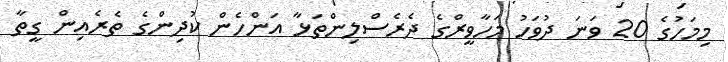
މިމަހުގެ 20 ވަނަ ދުވަހު މަހާވީރްގެ ދެރެސްލިންތަޅާ އަންހެން ކުދިންގެ ތެރެއިން ގީތާ